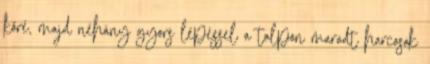
köré, majd néhány gyors lépéssel a talpon maradt harcosok